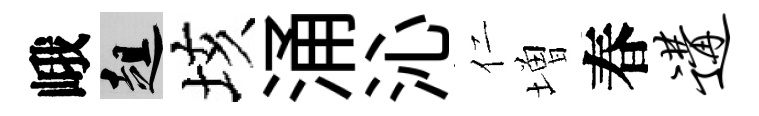
峨趄垓涌沁仁増春遘